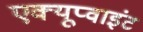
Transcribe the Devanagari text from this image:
एक्यूप्वाइंट